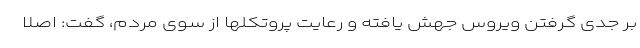
بر جدی گرفتن ویروس جهش یافته و رعایت پروتکلها از سوی مردم، گفت: اصلا